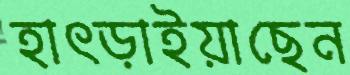
হাৎড়াইয়াছেন